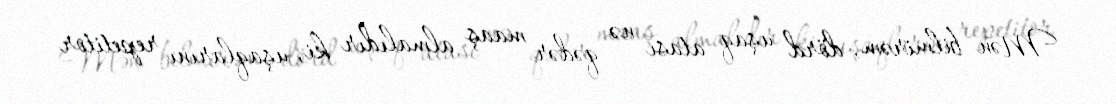
Mən bilmirəm, dörd uşaq atası nə qədər maaş almalıdır ki, uşaqlarını repetitor